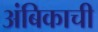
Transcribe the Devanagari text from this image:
अंबिकाची